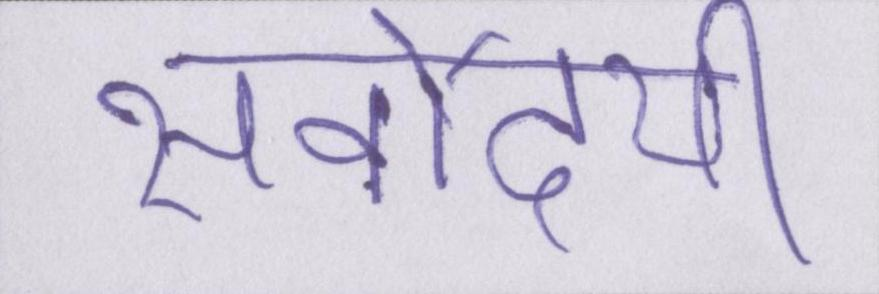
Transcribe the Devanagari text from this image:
सर्वोदयी